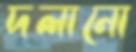
দলানো